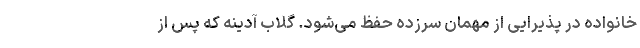
خانواده در پذیرایی از مهمان سرزده حفظ می‌شود. گلاب آدينه كه پس از